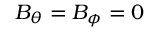
B _ { \theta } = B _ { \phi } = 0